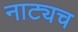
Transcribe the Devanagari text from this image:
नाट्यच